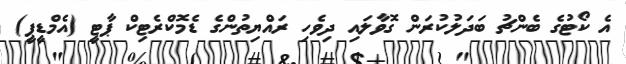
އެ ކޯޓުގެ ބެންޗު ބަދަލުކުރަން ގޮވާލައި ދިވެހި ރައްޔިތުންގެ ޑެމޮކްރެޓިކް ޕާޓީ (އެމްޑީޕީ)